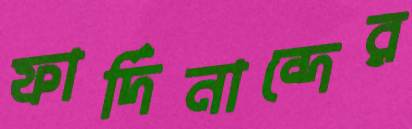
ফার্দিনান্দের